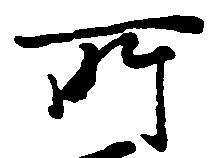
所